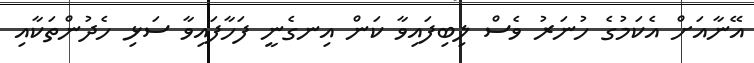
އޭނާއަށް އެކަމުގެ ހުނަރު ވެސް ލިބިފައިވާ ކަން އިނގެނީ ފަހާފައިވާ ސަޅި ހެދުންތަކާއި